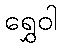
ရွှေဝါ